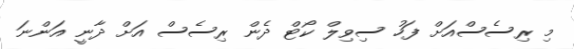
މި ރިސެސްއަށް ފަހު ސިވިލް ކޯޓް ދެން ރިސެސް އަށް ދާނީ އަންނަ